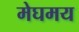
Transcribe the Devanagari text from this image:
मेघमय